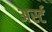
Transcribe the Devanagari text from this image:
अर्स्ट